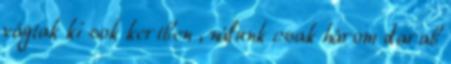
vágtak ki sok kertben , nálunk csak három darab